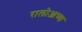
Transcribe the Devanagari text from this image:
रालोआच्या